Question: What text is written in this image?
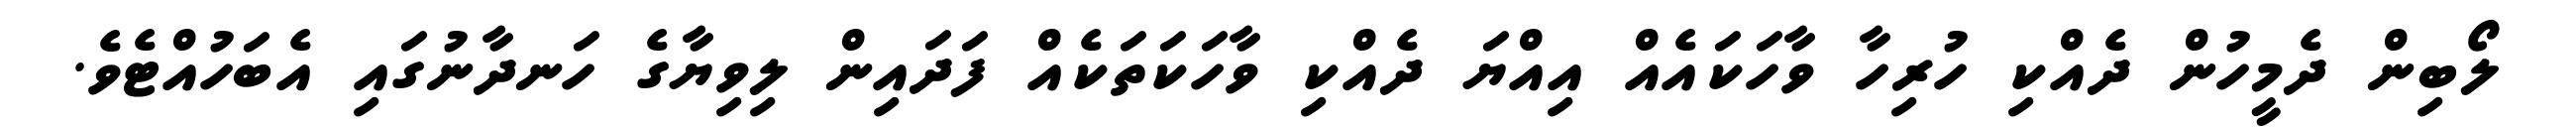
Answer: ލޯބިން ދެމީހުން ދެއްކި ހުރިހާ ވާހަކައެއް އިއްޔަ ދެއްކި ވާހަކަތަކެއް ފަދައިން ލިވިޔާގެ ހަނދާނުގައި އެބަހުއްޓެވެ.